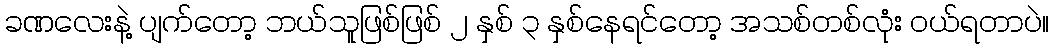
ခဏလေးနဲ့ ပျက်တော့ ဘယ်သူဖြစ်ဖြစ် ၂ နှစ် ၃ နှစ်နေရင်တော့ အသစ်တစ်လုံး ဝယ်ရတာပဲ။